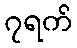
၇ရက်